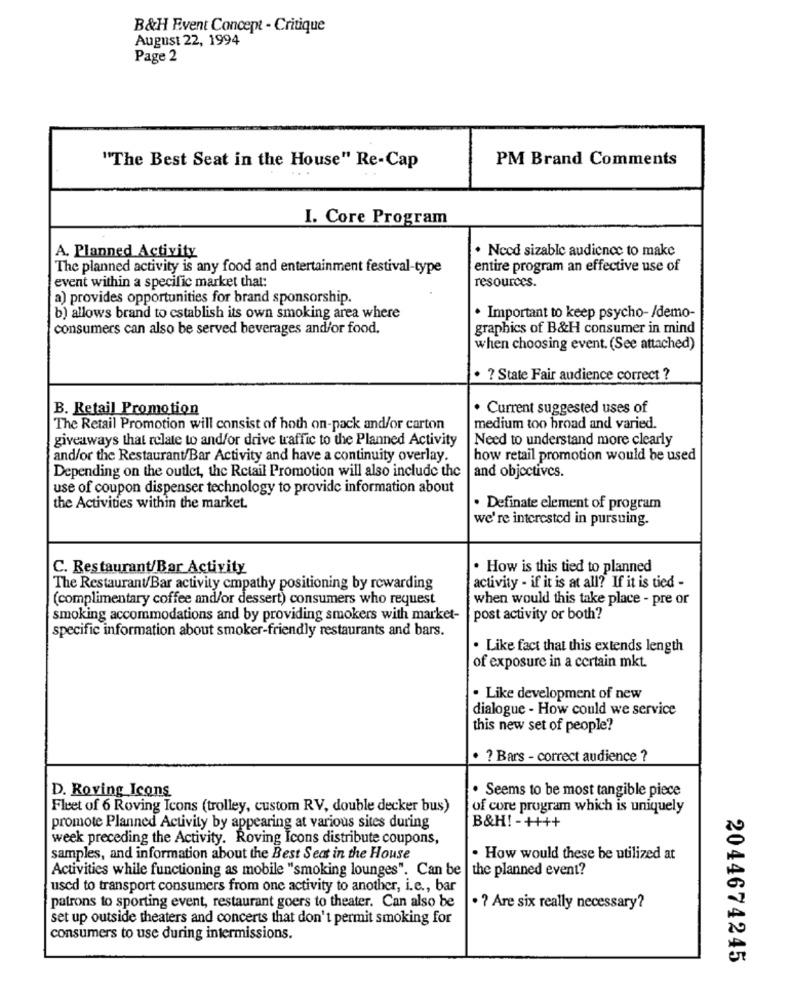
B&H Event Concept - Critique
August 22, 1994
Page 2
PM Brand Comments
"The Best Seat in the House" Re-Cap
I. Core Program
. Nced sizable audience to make
A. Planned Activity
The planned activity is any food and entertainment festival-type
entire program an effective use of
event within a specific market that:
resources.
a) provides opportunities for brand sponsorship.
b) allows brand to establish its own smoking area where
· Important to keep psycho- /demo-
consumers can also be served beverages and/or food.
graphics of B&H consumer in mind
when choosing event. (See attached)
· ? State Fair audience correct ?
B. Retail Promotion
· Current suggested uses of
The Retail Promotion will consist of hoth on-pack and/or carton
medium too broad and varied.
giveaways that relate to and/or drive traffic to the Planned Activity
Need to understand more clearly
and/or the Restaurant/Bar Activity and have a continuity overlay.
how retail promotion would be used
and objectives.
Depending on the outlet, the Retail Promotion will also include the
use of coupon dispenser technology to provide information about
the Activities within the market.
. Definate element of program
we're interested in pursuing.
C. Restaurant/Bar Activity
. How is this tied to planned
The Restaurant/Bar activity cmpathy positioning by rewarding
activity - if it is at all? If it is tied -
(complimentary coffee and/or dessert) consumers who request
when would this take place - pre or
smoking accommodations and by providing smokers with market-
post activity or both?
specific information about smoker-friendly restaurants and bars.
. Like fact that this extends length
of exposure in a certain mkt.
. Like development of new
dialogue - How could we service
this new set of people?
· ? Bars - correct audience ?
. Seems to be most tangible piece
D. Roving Icons
Fleet of 6 Roving Icons (trolley, custom RV, double decker bus)
of core program which is uniquely
promote Planned Activity by appearing at various sites during
B&H! - ++++
week preceding the Activity. Roving Icons distribute coupons,
samples, and information about the Best Seat in the House
. How would these be utilized at
Activities while functioning as mobile "smoking lounges". Can be
the planned event?
used to transport consumers from one activity to another, i.e ., bar
patrons to sporting event, restaurant goers to theater. Can also be
· ? Are six really necessary?
set up outside theaters and concerts that don't permit smoking for
consumers to use during intermissions.
2044674245